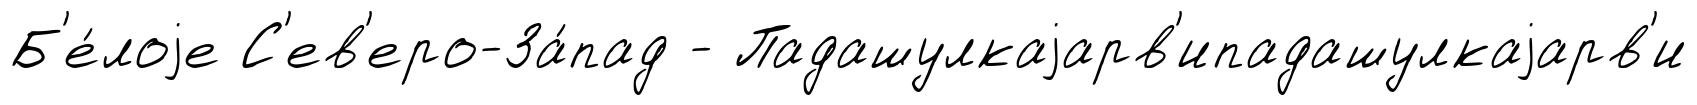
Б'е́лоjе С'ев'еро-За́пад - Падашулкаjарв'ипадашулкаjарв'и